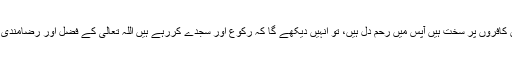
{محمد (صلی اللہ علیہ وسلم) اللہ کے رسول ہیں اور جو لوگ ان کے ساتھ ہیں کافروں پر سخت ہیں آپس میں رحم دل ہیں، تو انہیں دیکھے گا کہ رکوع اور سجدے کررہے ہیں اللہ تعالی کے فضل اور رضامندی کی جستجو میں ہیں، ان کا نشان ان کے چہروں پر سجدوں کے اثر سے ہے۔